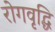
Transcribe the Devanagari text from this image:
रोगवृद्धि